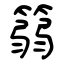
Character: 篛